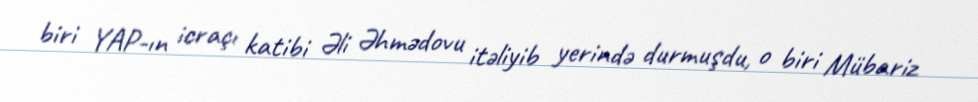
biri YAP-ın icraçı katibi Əli Əhmədovu itəliyib yerində durmuşdu, o biri Mübariz